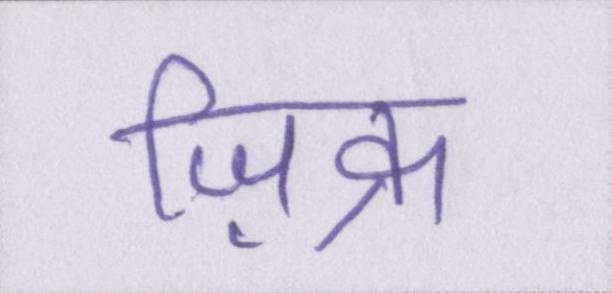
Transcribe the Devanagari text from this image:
ज़िक्र